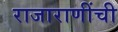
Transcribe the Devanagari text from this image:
राजाराणींची